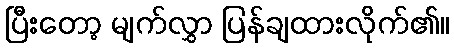
ပြီးတော့ မျက်လွှာ ပြန်ချထားလိုက်၏။